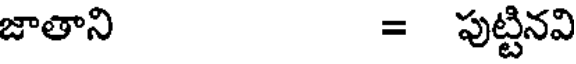
జాతాని = పుట్టినవి